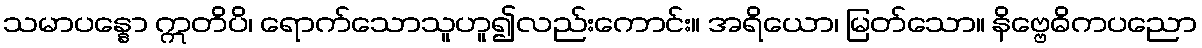
သမာပန္နော ဣတိပိ၊ ရောက်သောသူဟူ၍လည်းကောင်း။ အရိယော၊ မြတ်သော။ နိဗ္ဗေဓိကပညော